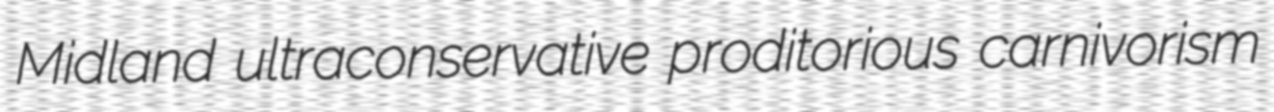
Midland ultraconservative proditorious carnivorism